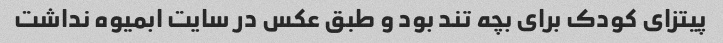
پیتزای کودک برای بچه تند بود و طبق عکس در سایت ابمیوه نداشت